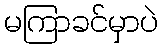
မကြာခင်မှာပဲ